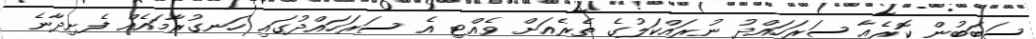
ސަބަބުން ކޮރެއާ ސަރަހައްދު ނުރައްކަލުގެ ތެރެއަށް ވެެއްޓި އެ ސަރަހައްދުގައި ހަނގުރާމައެއް ފެށިދާނެ